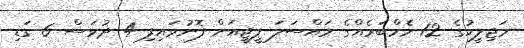
މަޖިލީހުގެ 12 މެމްބަރެއްގެ މައްސަލަ ޕީޖީއަށް ފޮނުވައިފި 4 ދުވަސް 6 ގަޑި